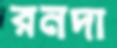
রনদা